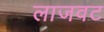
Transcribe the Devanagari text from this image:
लाजवट